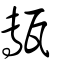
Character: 甎